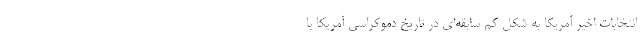
انتخابات اخیر آمریکا به شکل کم سابقه‌ای در تاریخ دموکراسی آمریکا با